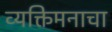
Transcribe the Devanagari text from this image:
व्यक्तिमनाचा